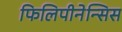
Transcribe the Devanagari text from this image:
फिलिपीनेन्सिस